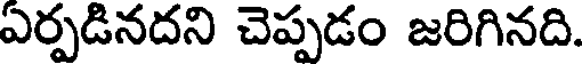
ఎర్పడినదని చెప్పడం జరిగినది.